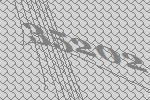
35202